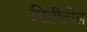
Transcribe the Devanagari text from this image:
मितीतील